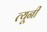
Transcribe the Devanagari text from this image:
त्‍यूनी